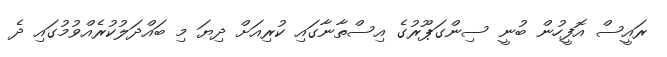
ރައީސް އޮފީހުން ބުނީ ސިންގަޕޫރުގެ އިސްތާނާގައި ކުރިއަށް ދިޔަ މި ބައްދަލުކުރެއްވުމުގައި ދެ